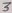
Text: 3